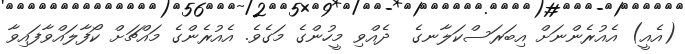
(އެއީ) އެއުރެންނަށް އިބަރަސްކަލާނގެ  ދެއްވި މީހުންގެ މަގެވެ. އެއުރެންގެ މައްޗަށް ކޯފާލައްވާފައިވާ